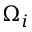
\Omega _ { i }